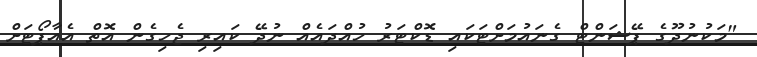
"މަކުނުދޫގެ ޕޭޝަންޓް ގެނައުމަށްޓަކައި ޑޮކްޓަރު ހުއްދައެއް ނުދޭ ކައިރި ޖެހިގެން އޮތް އެއާޕޯޓަށް